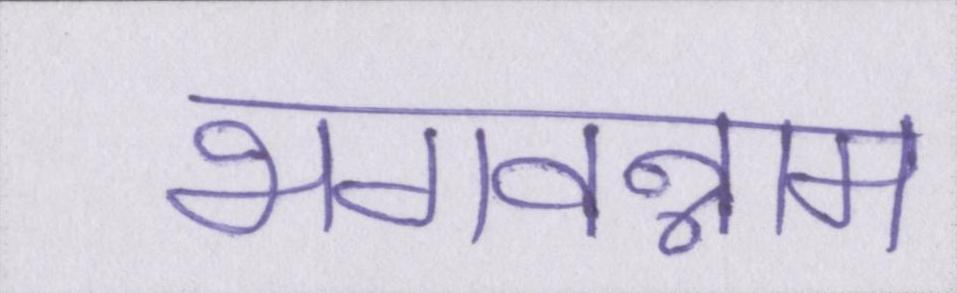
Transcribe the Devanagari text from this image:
भगवन्नाम